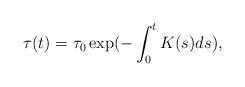
LaTeX: \begin{align*} \tau(t) = \tau_0 \exp(-\int_0^t K(s)ds), \end{align*}